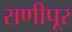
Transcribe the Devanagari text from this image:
राणीपूर